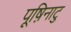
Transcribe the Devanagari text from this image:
पूष़िनाटु